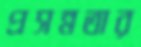
প্রসন্নতার